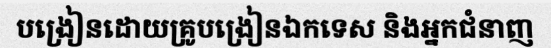
បង្រៀនដោយគ្រូបង្រៀនឯកទេស និងអ្នកជំនាញ